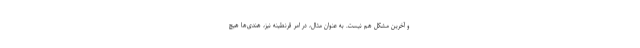
و آخرین مشکل هم نیست. به عنوان مثال، در امر قرنطینه نیز، هندی‌ها هیچ